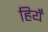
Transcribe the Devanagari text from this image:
हियँ